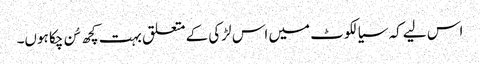
اس لیے کہ سیالکوٹ میں اس لڑکی کے متعلق بہت کچھ سُن چکا ہوں۔